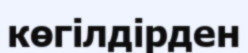
көгілдірден